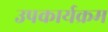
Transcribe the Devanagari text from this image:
उपकार्यक्रम